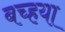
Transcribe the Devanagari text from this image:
बच्हया